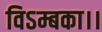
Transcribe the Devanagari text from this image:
विऽम्बका।।